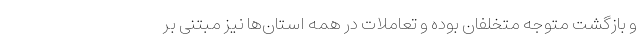
و بازگشت متوجه متخلفان بوده و تعاملات در همه استان‌ها نیز مبتنی بر